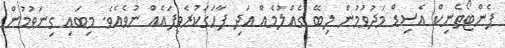
ޕެންޓޯތެނިކް އެސިޑް މަދުވުމުން ލިބޭ ގެއްލުމެއް އަދި ފާހަގަކުރެވިފައެއް ނުވެއެވެ. މިބައި ގިނަވުމުން